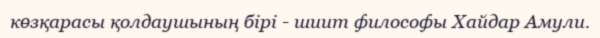
көзқарасы қолдаушының бірі - шиит философы Хайдар Амули.